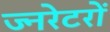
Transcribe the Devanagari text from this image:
ज्नरेटरों